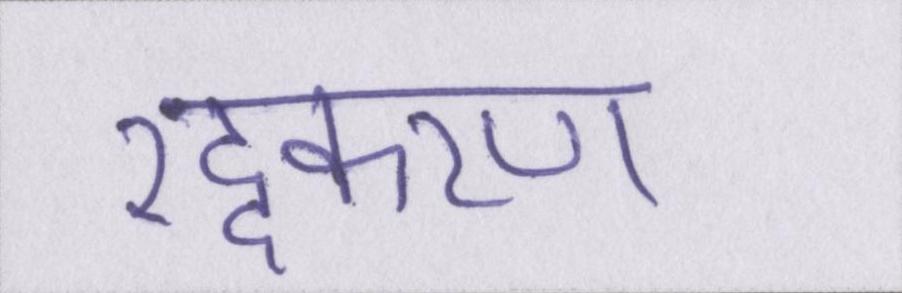
रद्दकरण